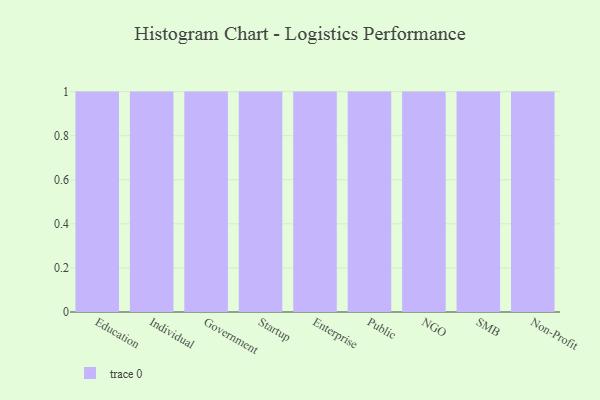
{"axis": {"x": "Segment", "y": "Budget (USD K)"}, "legend": [""], "data": [{"x": "Education", "y": 69, "type": ""}, {"x": "Individual", "y": 32, "type": ""}, {"x": "Government", "y": 8, "type": ""}, {"x": "Startup", "y": 32, "type": ""}, {"x": "Enterprise", "y": 15, "type": ""}, {"x": "Public", "y": 51, "type": ""}, {"x": "NGO", "y": 23, "type": ""}, {"x": "SMB", "y": 81, "type": ""}, {"x": "Non-Profit", "y": 78, "type": ""}]}